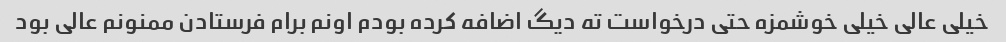
خیلی عالی خیلی خوشمزه حتی درخواست ته دیگ اضافه کرده بودم اونم برام فرستادن ممنونم عالی بود